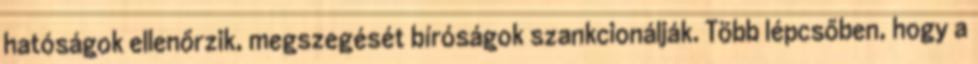
hatóságok ellenőrzik, megszegését bíróságok szankcionálják. Több lépcsőben, hogy a